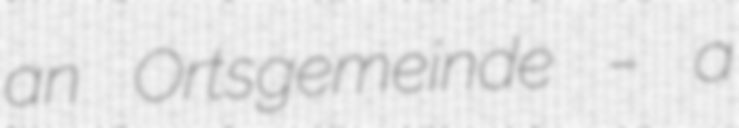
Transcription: an Ortsgemeinde – a